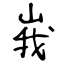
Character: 峩